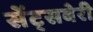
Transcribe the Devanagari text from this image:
सेंट्सबेरी